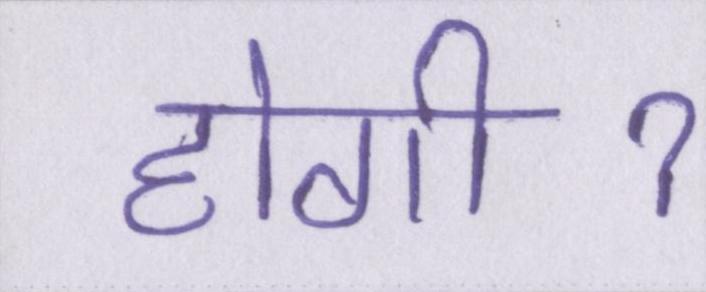
होगीॽ